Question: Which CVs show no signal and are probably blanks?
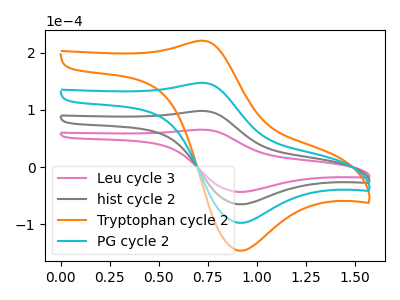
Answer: <think>The pink curve "Leu cycle 3" has an anodic peak at (0.75V, 65.55uA) and a cathodic peak at (0.90V, -43.35uA). The gray curve "hist cycle 2" has an anodic peak at (0.75V, 98.30uA) and a cathodic peak at (0.90V, -65.00uA). The orange curve "Tryptophan cycle 2" has an anodic peak at (0.75V, 294.95uA) and a cathodic peak at (0.90V, -195.05uA). The cyan curve "PG cycle 2" has an anodic peak at (0.75V, 196.65uA) and a cathodic peak at (0.90V, -130.00uA).</think>
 <answer>There are not any CV's on this graph that are likely to be blanks.</answer>
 <eval>none</eval>